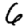
Digit: 6